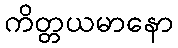
ကိတ္တယမာနော